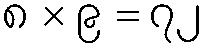
၈ × ၉ = ၇၂